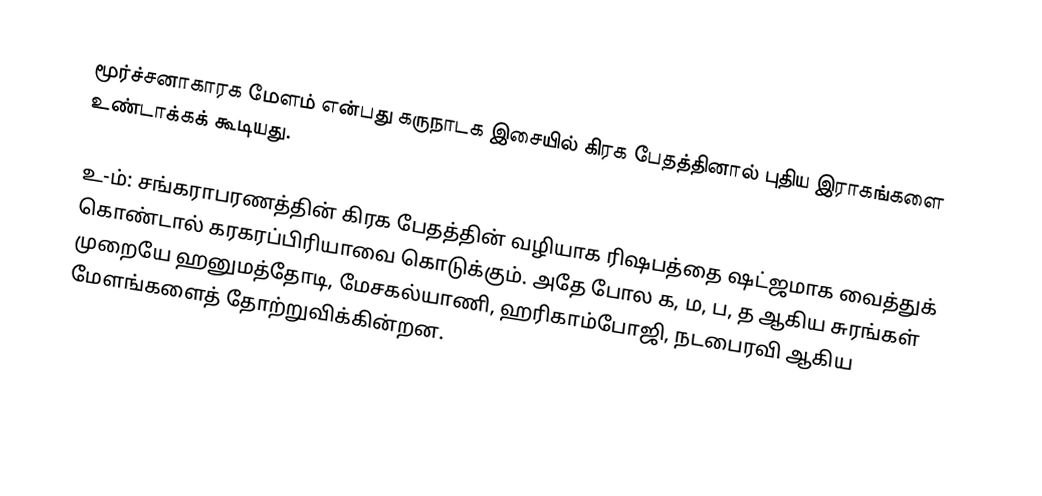
மூர்ச்சனாகாரக மேளம் என்பது கருநாடக இசையில் கிரக பேதத்தினால் புதிய இராகங்களை உண்டாக்கக் கூடியது.

 உ-ம்: சங்கராபரணத்தின் கிரக பேதத்தின் வழியாக ரிஷபத்தை ஷட்ஜமாக வைத்துக் கொண்டால் கரகரப்பிரியாவை கொடுக்கும். அதே போல க, ம, ப, த ஆகிய சுரங்கள் முறையே ஹனுமத்தோடி, மேசகல்யாணி, ஹரிகாம்போஜி, நடபைரவி ஆகிய மேளங்களைத் தோற்றுவிக்கின்றன.